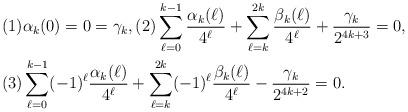
LaTeX: \begin{align*} &(1) \alpha_k(0)=0 = \gamma_{k}, (2) \displaystyle\sum_{\ell=0}^{k-1}\dfrac{\alpha_k(\ell)}{4^\ell}+\sum_{\ell=k}^{2k}\dfrac{\beta_k(\ell)}{4^\ell}+\dfrac{\gamma_k}{2^{4k+3}}=0, \\ &(3) \displaystyle\sum_{\ell=0}^{k-1}(-1)^\ell\dfrac{\alpha_k(\ell)}{4^{\ell}}+\sum_{\ell=k}^{2k}(-1)^\ell\dfrac{\beta_k(\ell)}{4^\ell}-\dfrac{\gamma_k}{2^{4k+2}}=0.\end{align*}